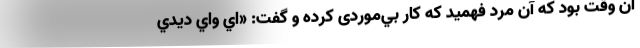
آن وقت بود كه آن مرد فهميد که كار بي‌موردی كرده و گفت: «اي واي ديدي